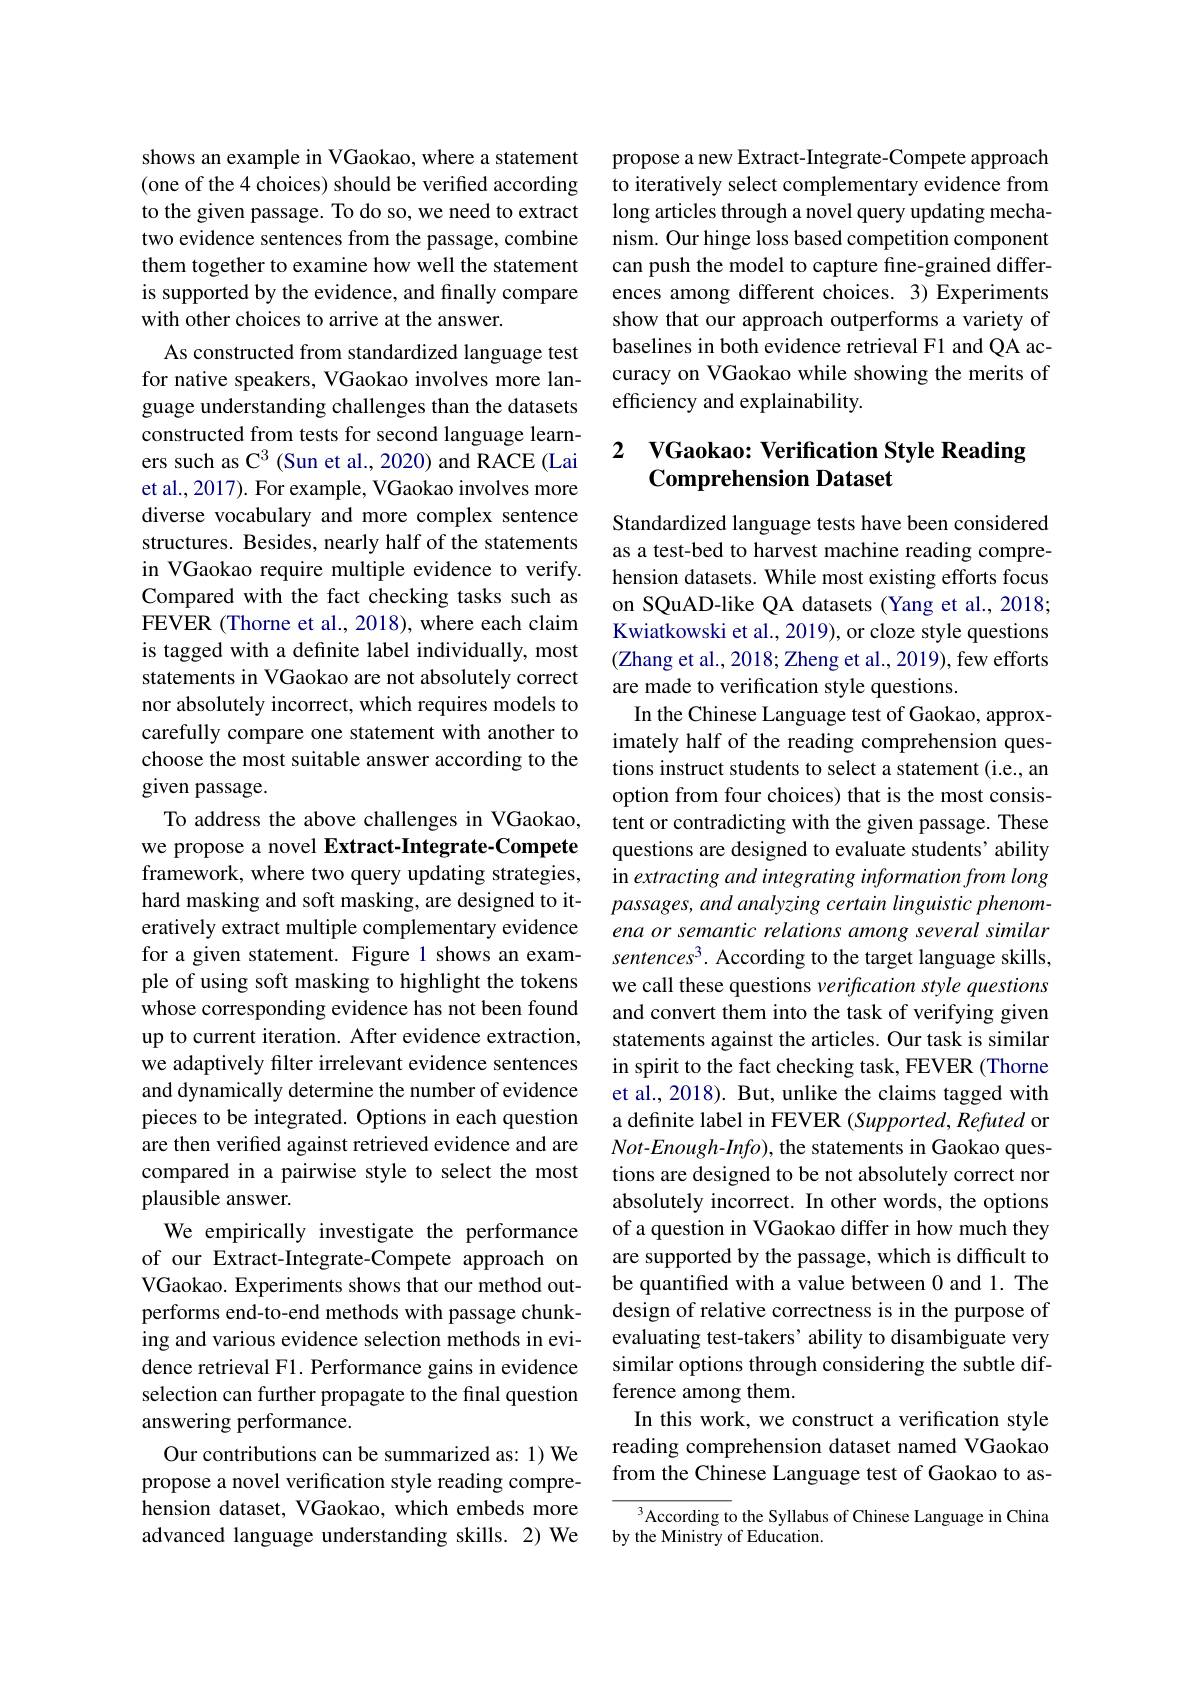
shows an example in VGaokao, where a statement (one of the 4 choices) should be verified according to the given passage. To do so, we need to extract two evidence sentences from the passage, combine them together to examine how well the statement is supported by the evidence, and finally compare with other choices to arrive at the answer.
As constructed from standardized language test for native speakers, VGaokao involves more language understanding challenges than the datasets constructed from tests for second language learners such as C$^{3}$ (Sun et al., 2020) and RACE (Lai et al., 2017). For example, VGaokao involves more diverse vocabulary and more complex sentence structures. Besides, nearly half of the statements in VGaokao require multiple evidence to verify. Compared with the fact checking tasks such as FEVER (Thorne et al., 2018), where each claim is tagged with a definite label individually, most statements in VGaokao are not absolutely correct nor absolutely incorrect, which requires models to carefully compare one statement with another to choose the most suitable answer according to the given passage.
To address the above challenges in VGaokao, we propose a novel Extract-Integrate-Compete framework, where two query updating strategies, hard masking and soft masking, are designed to iteratively extract multiple complementary evidence for a given statement. Figure 1 shows an example of using soft masking to highlight the tokens whose corresponding evidence has not been found up to current iteration. After evidence extraction, we adaptively filter irrelevant evidence sentences and dynamically determine the number of evidence pieces to be integrated. Options in each question are then verified against retrieved evidence and are compared in a pairwise style to select the most plausible answer.
We empirically investigate the performance of our Extract-Integrate-Compete approach on VGaokao. Experiments shows that our method outperforms end-to-end methods with passage chunking and various evidence selection methods in evidence retrieval F1. Performance gains in evidence selection can further propagate to the final question answering performance.
Our contributions can be summarized as: 1) We propose a novel verification style reading comprehension dataset, VGaokao, which embeds more advanced language understanding skills. 2) We

propose a new Extract-Integrate-Compete approach to iteratively select complementary evidence from long articles through a novel query updating mechanism. Our hinge loss based competition component can push the model to capture fine-grained differences among different choices. 3) Experiments show that our approach outperforms a variety of baselines in both evidence retrieval F1 and QA accuracy on VGaokao while showing the merits of efficiency and explainability.

# 2 VGaokao: Verification Style Reading Comprehension Dataset

Standardized language tests have been considered as a test-bed to harvest machine reading comprehension datasets. While most existing efforts focus on SQuAD-like QA datasets (Yang et al.,2018; Kwiatkowski et al., 2019), or cloze style questions (Zhang et al., 2018; Zheng et al., 2019), few efforts are made to verification style questions.
In the Chinese Language test of Gaokao, approximately half of the reading comprehension questions instruct students to select a statement (i.e., an option from four choices) that is the most consistent or contradicting with the given passage. These questions are designed to evaluate students' ability in extracting and integrating information from long passages, and analyzing certain linguistic phenomena or semantic relations among several similar $sentences^3. According to the target language skills$, we call these questions verification style questions and convert them into the task of verifying given statements against the articles. Our task is similar in spirit to the fact checking task, FEVER (Thorne et al., 2018). But, unlike the claims tagged with a definite label in FEVER (Supported, Refuted or Not-Enough-Info), the statements in Gaokao questions are designed to be not absolutely correct nor absolutely incorrect. In other words, the options of a question in VGaokao differ in how much they are supported by the passage, which is difficult to be quantified with a value between 0 and 1. The design of relative correctness is in the purpose of evaluating test-takers' ability to disambiguate very similar options through considering the subtle difference among them.
In this work, we construct a verification style reading comprehension dataset named VGaokao from the Chinese Language test of Gaokao to as-
According to the Syllabus of Chinese Language in China

by the Ministry of Education.